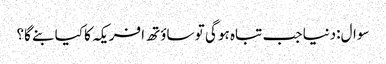
سوال:دنیا جب تباہ ہو گی تو ساؤتھ افریکہ کا کیا بنے گا؟